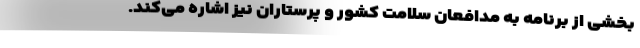
بخشی از برنامه به مدافعان سلامت کشور و پرستاران نیز اشاره می‌کند.